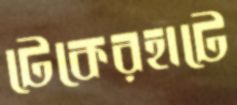
টেকেরহাটে